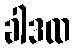
ခါဒထ